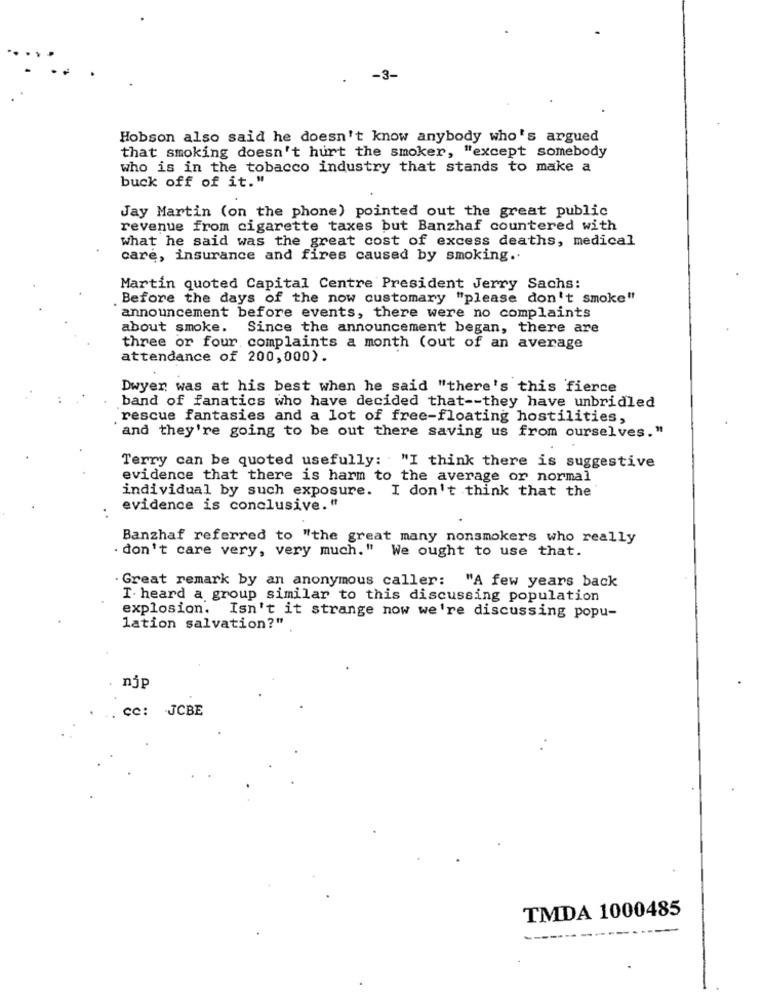
-3-
Hobson also said he doesn't know anybody who's argued
that smoking doesn't hurt the smoker, "except somebody
who is in the tobacco industry that stands to make a
buck off of it."
Jay Martin (on the phone) pointed out the great public
revenue from cigarette taxes but Banzhaf countered with
what he said was the great cost of excess deaths, medical
care, insurance and fires caused by smoking ..
Martin quoted Capital Centre President Jerry Sachs:
Before the days of the now customary "please don't smoke"
announcement before events, there were no complaints
about smoke. Since the announcement began, there are
three or four complaints a month (out of an average
attendance of 200,000).
Dwyer was at his best when he said "there's this fierce
band of fanatics who have decided that -- they have unbridled
rescue fantasies and a lot of free-floating hostilities,
and they're going to be out there saving us from ourselves."
Terry can be quoted usefully: "I think there is suggestive
evidence that there is harm to the average or normal
individual by such exposure. I don't think that the
evidence is conclusive."
. .
Banghaf referred to "the great many nonsmokers who really
. don't care very, very much." We ought to use that.
Great remark by an anonymous caller:
"A few years back
I. heard a group similar to this discussing population
explosion.
Isn't it strange now we're discussing popu-
lation salvation?"
njp
cc: JCBE
TMDA 1000485
----